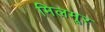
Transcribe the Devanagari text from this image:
मिलमूर